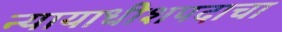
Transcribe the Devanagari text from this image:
न्यायाधीशपदाचा